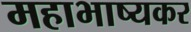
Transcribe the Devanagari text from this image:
महाभाष्यकर